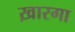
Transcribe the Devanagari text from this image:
ख़ारगा